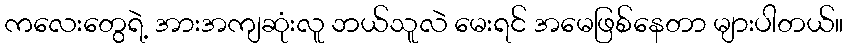
ကလေးတွေရဲ့ အားအကျဆုံးလူ ဘယ်သူလဲ မေးရင် အမေဖြစ်နေတာ များပါတယ်။